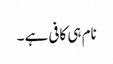
نام ہی کافی ہے ۔